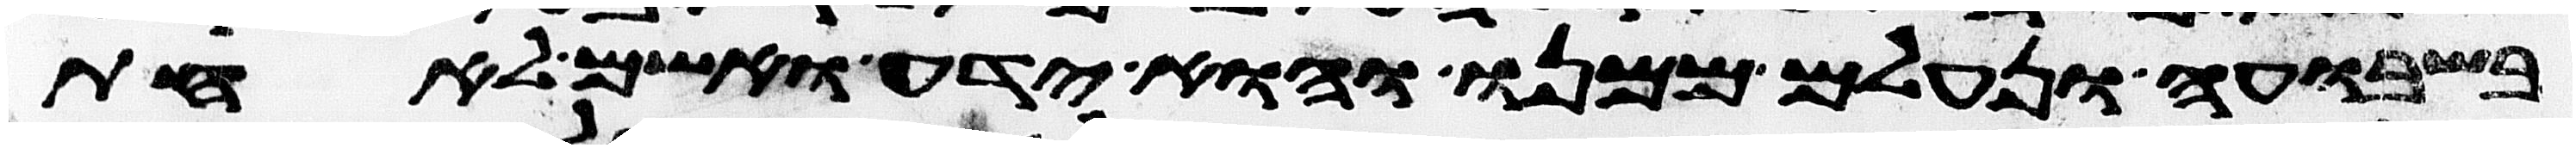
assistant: בשבועה ונעלם ממנו והוא ידע ואשם לאחת